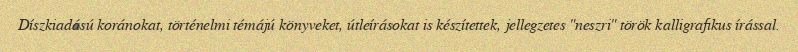
Díszkiadású koránokat, történelmi témájú könyveket, útleírásokat is készítettek, jellegzetes "neszri" török kalligrafikus írással.